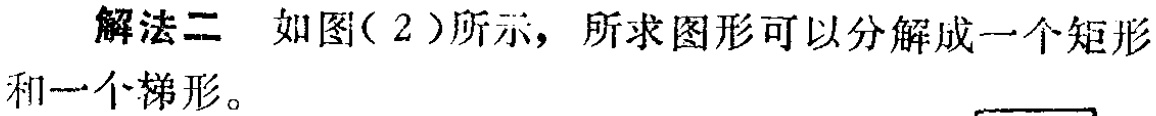
解法二 如图(2)所示，所求图形可以分解成一个矩形和一个梯形。